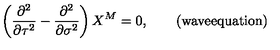
\left( \frac { \partial ^ { 2 } } { \partial \tau ^ { 2 } } - \frac { \partial ^ { 2 } } { \partial \sigma ^ { 2 } } \right) X ^ { M } = 0 , \qquad ( \mathrm { w a v e e q u a t i o n } )